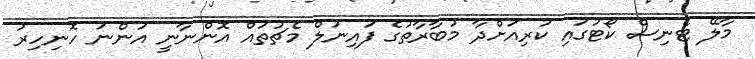
މާލޭ ޓެނިސް ކޯޓުގައި ކުރިއަށްދާ މުބާރާތުގެ ފައިނަލް މެޗުތައް އޮންނާނީ އަންނަ ހޮނިހިރު